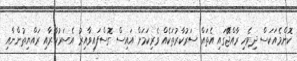
ކޮންމެއަކަސް ދިވެހި ރާއްޖޭަގައި އެތައް ސަރުކާރުތަކެއް ވެރިކަމަށް އައިސް ގޮސްފައިވާއިރު އެސަރުކާރާއި ރައްޔިތުންނާއި